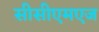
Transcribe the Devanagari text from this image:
सीसीएमएज